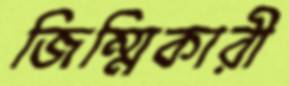
জিম্মিকারী